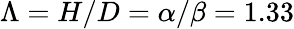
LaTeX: \Lambda=H/D=\alpha/\beta=1.33